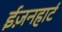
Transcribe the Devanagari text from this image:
ईज़नहार्ट